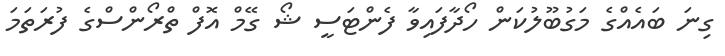
ގިނަ ބައެއްގެ މަގުބޫލުކަން ހޯދާފައިވާ ފެންޓަސީ ޝޯ ގޭމް އޮފް ތްރޯންސްގެ ފުރަތަމަ